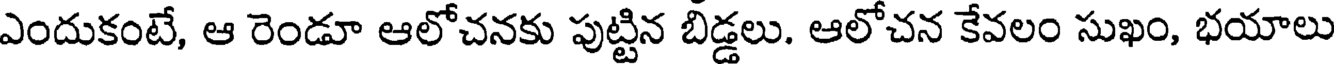
ఎందుకంటే, ఆ రెండూ ఆలోచనకు పుట్టిన బిడ్డలు. ఆలోచన కేవలం సుఖం, భయాలు